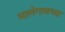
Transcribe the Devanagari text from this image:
मालेगावच्या